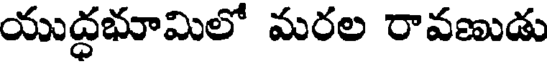
యుద్ధభూమిలో మరల రావణుడు